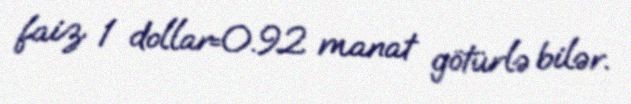
faiz 1 dollar=0.92 manat götürlə bilər.